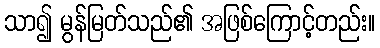
သာ၍ မွန်မြတ်သည်၏ အဖြစ်ကြောင့်တည်း။